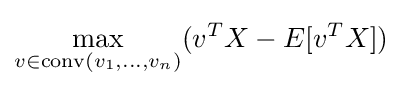
\max _{v\in \mathrm {conv} (v_{1},\dots ,v_{n})}(v^{T}X-E[v^{T}X])